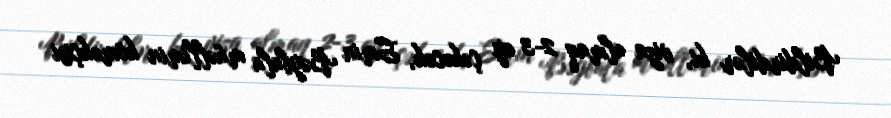
Bildirdilər ki, viza almaq 2-3 ay çəkəcək, Emin Bəybala müəllimin köməkçisi